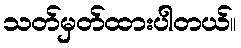
သတ်မှတ်ထားပါတယ်။